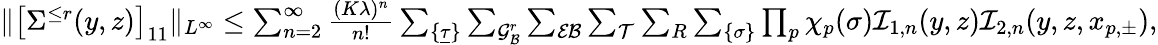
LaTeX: \begin{array}{r}{\Vert\big[\Sigma^{\le r}(y,z)\big]_{11}\Vert_{L^{\infty}}\le\sum_{n=2}^{\infty}\frac{(K\lambda)^{n}}{n!}\sum_{\{ \underline{\tau}\} }\sum_{{\cal G}_{{\cal B}}^{r}}\sum_{\mathcal{EB}}\sum_{\mathcal{T}}\sum_{R}\sum_{\{ \sigma\} }\prod_{p}\chi_{p}(\sigma){\cal I}_{1,n}(y,z){\cal I}_{2,n}(y,z,x_{p,\pm}),}\end{array}